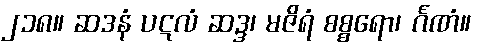
၂၁၈။ ဆဒနံ ပဋလံ ဆဒ္ဒ၊ မဇိရံ စစ္စရော၊ င်္ဂဏံ။